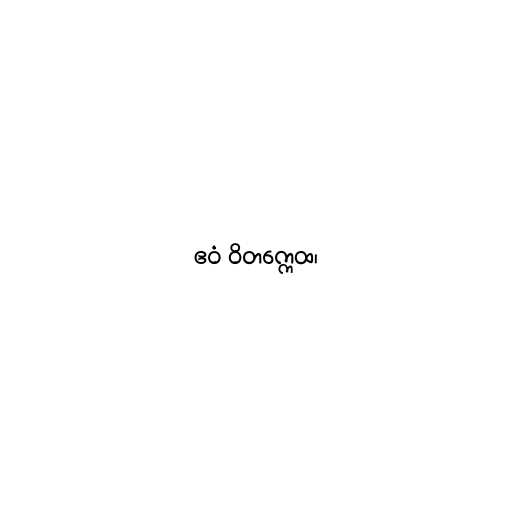
ဧဝံ ဝိတက္ကေထ၊